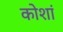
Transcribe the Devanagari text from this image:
कोशां